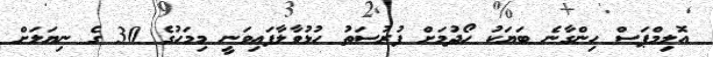
އޮލިމްޕަސް ހިންގާނެ ބަޔަކު ހޯދުމަށް ފުރުސަތު ހުޅުވާލާފައިވަނީ މިމަހުގެ 30 ގެ ނިޔަލަށް